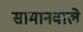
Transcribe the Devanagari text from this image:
सामानवाले